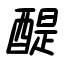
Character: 醍